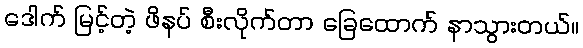
ဒေါက် မြင့်တဲ့ ဖိနပ် စီးလိုက်တာ ခြေထောက် နာသွားတယ်။